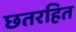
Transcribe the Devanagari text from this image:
छतरहित